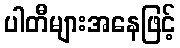
ပါတီများအနေဖြင့်